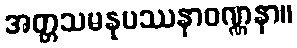
အတ္တသမနုပဿနာဝဏ္ဏနာ။